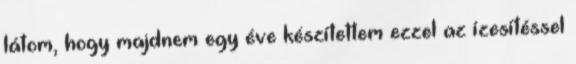
látom, hogy majdnem egy éve készítettem ezzel az ízesítéssel